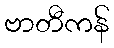
ဗာတီကန်